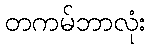
တကမ်ဘာလုံး